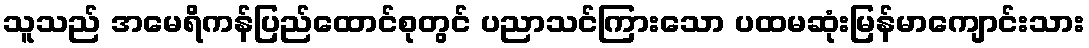
သူသည် အမေရိကန်ပြည်ထောင်စုတွင် ပညာသင်ကြားသော ပထမဆုံးမြန်မာကျောင်းသား